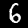
Label: 6